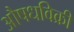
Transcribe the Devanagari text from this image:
औषधविक्री